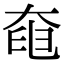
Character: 𡘹